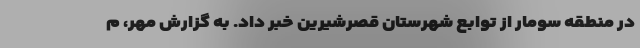
در منطقه سومار از توابع شهرستان قصرشیرین خبر داد. به گزارش مهر، م